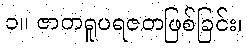
၁။ ဇာတရူပရဇတဖြစ်ခြင်း၊